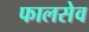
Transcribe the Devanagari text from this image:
फालसेव